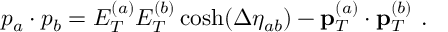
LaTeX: p _ { a } \cdot p _ { b } = E _ { T } ^ { ( a ) } E _ { T } ^ { ( b ) } \cosh ( \Delta \eta _ { a b } ) - { \bf p } _ { T } ^ { ( a ) } \cdot { \bf p } _ { T } ^ { ( b ) } \ .